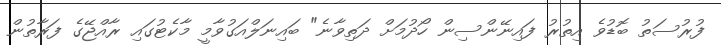
ފުރުސަތު ބޮޑުވެ އިތުރު ފައިނޭންސިން ހޯދުމަށް ދަތިވާނެ" ބައިނަލްއަގުވާމީ މާކެޓުގައި ރާއްޖޭގެ ފަރާތުން